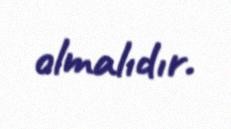
olmalıdır.